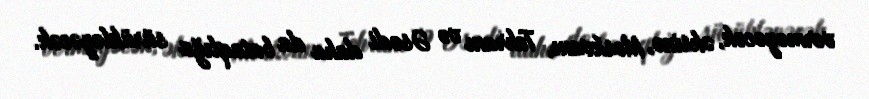
verməyəcək, əksinə, Moskvanı, Tehranı və Əsədi daha da bataqlığa sürükləyəcək.